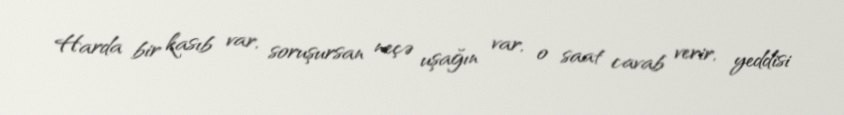
Harda bir kasıb var, soruşursan neçə uşağın var, o saat cavab verir, yeddisi